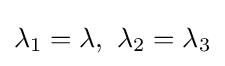
\lambda _{1}=\lambda ,~\lambda _{2}=\lambda _{3}